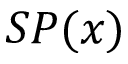
S P ( x )